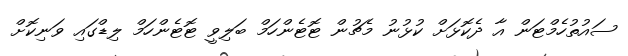
ސައުތުހެމްޓަން އާ ދެކޮޅަށް ކުޅުނު މެޗުން ޓޮޓެންހަމް ބަލިވީ ޓޮޓެންހަމް ލިޑްގައި ވަނިކޮށް